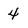
Character: 4